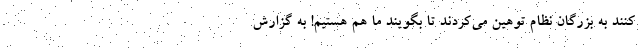
کنند به بزرگان نظام توهین می‌کردند تا بگویند ما هم هستیم! به گزارش